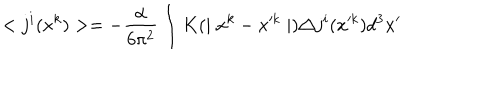
LaTeX: < j ^ { i } ( x ^ { k } ) > = - \frac { \alpha } { 6 \pi ^ { 2 } } \int K ( \mid x ^ { k } - x ^ { k } \mid ) \triangle j ^ { i } ( x ^ { k } ) d ^ { 3 } x ^ { \prime }